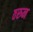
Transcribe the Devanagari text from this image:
ठरुन